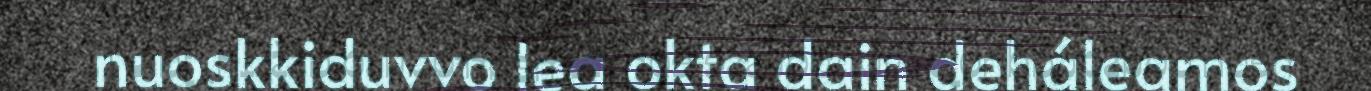
nuoskkiduvvo lea okta dain deháleamos